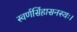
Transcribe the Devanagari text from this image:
स्वर्णसिंहासनस्थः।